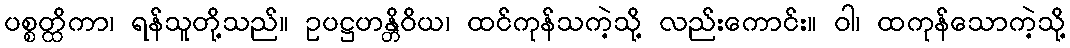
ပစ္စတ္ထိကာ၊ ရန်သူတို့သည်။ ဥပဋ္ဌဟန္တိဝိယ၊ ထင်ကုန်သကဲ့သို့ လည်းကောင်း။ ဝါ၊ ထကုန်သောကဲ့သို့